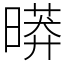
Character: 㬒